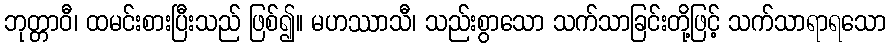
ဘုတ္တာဝီ၊ ထမင်းစားပြီးသည် ဖြစ်၍။ မဟဿာသီ၊ သည်းစွာသော သက်သာခြင်းတို့ဖြင့် သက်သာရာရသော